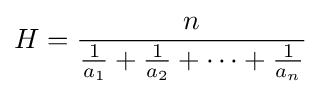
H={\frac {n}{{\frac {1}{a_{1}}}+{\frac {1}{a_{2}}}+\cdots +{\frac {1}{a_{n}}}}}